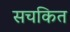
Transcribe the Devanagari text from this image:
सचकित